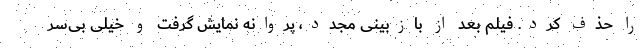
را حذف کرد. فیلم بعد از بازبینی مجدد، پروانه نمایش گرفت و خیلی بی‌سر